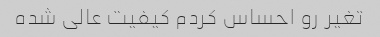
تغیر رو احساس کردم کیفیت عالی شده